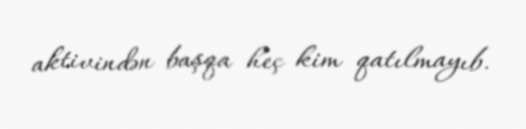
aktivindən başqa heç kim qatılmayıb.